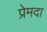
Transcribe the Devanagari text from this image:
प्रेमदा